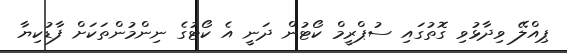
ޕިއްލޭ ވިދާޅުވި ގޮތުގައި ސުޕްރީމް ކޯޓުން ދަނީ އެ ކޯޓުގެ ނިންމުންތަކަށް ފާޑުކިޔާ